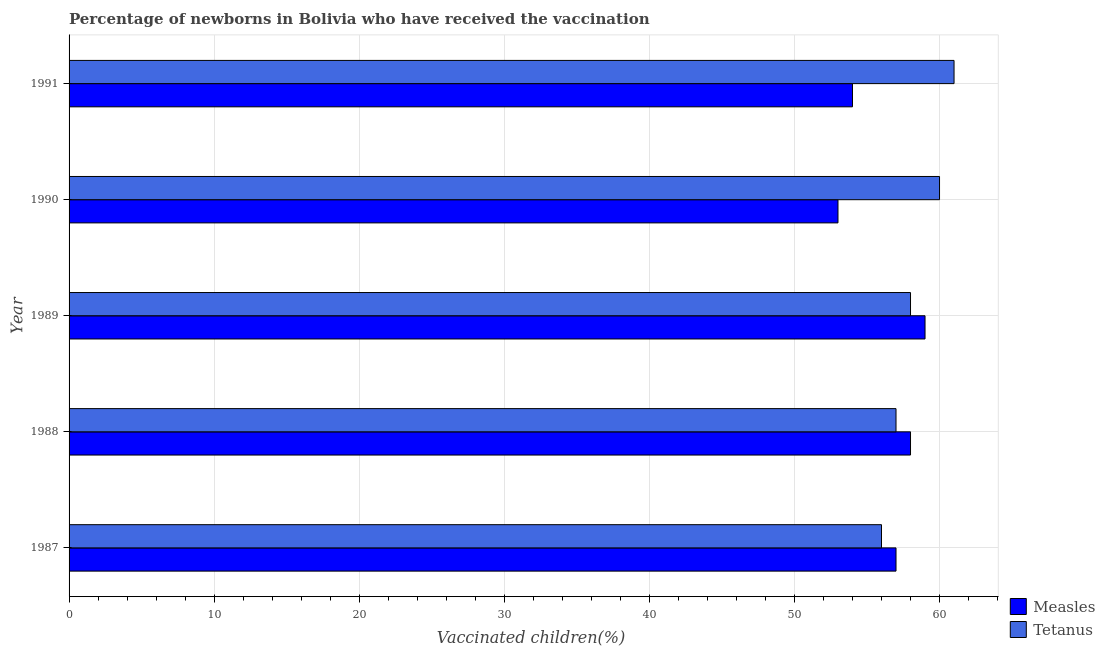
| Year | Measles | Tetanus |
 | --- | --- | --- |
 | 1987 | 57 | 56 |
 | 1988 | 58 | 57 |
 | 1989 | 59 | 58 |
 | 1990 | 53 | 60 |
 | 1991 | 54 | 61 |